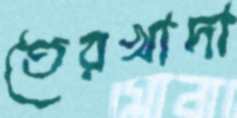
তেরখাদা